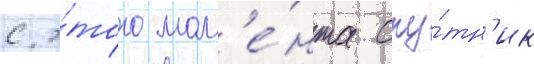
с э́того мом'е́нта спу́тн'ик